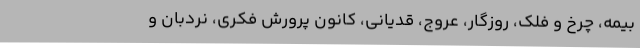
بیمه، چرخ و فلک، روزگار، عروج، قدیانی، کانون پرورش فکری، نردبان و